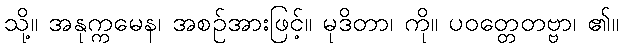
သို့။ အနုက္ကမေန၊ အစဉ်အားဖြင့်။ မုဒိတာ၊ ကို။ ပဝတ္တေတဗ္ဗာ၊ ၏။